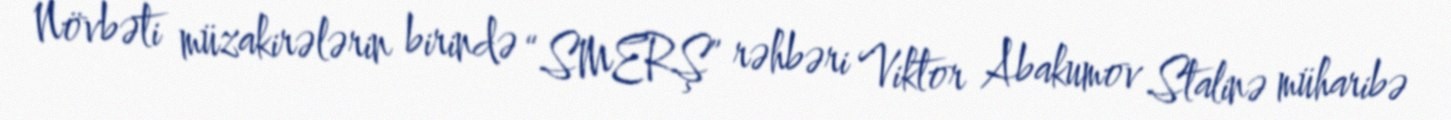
Növbəti müzakirələrin birində “SMERŞ” rəhbəri Viktor Abakumov Stalinə müharibə